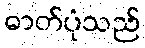
ဓာတ်ပုံသည်